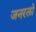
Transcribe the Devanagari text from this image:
जनरलो